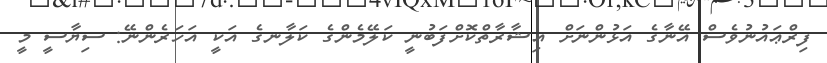
ފިރްޢައުނުވެސް އޭނާގެ އަޅުންނަށް އިޝާރާތްކޮށްފަބުނީ ކަލޭމެންގެ ކަލާނގެ އަކީ އަހަރެންނޭ: ސިޔާސީ މީ